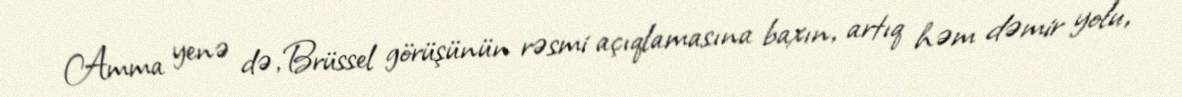
Amma yenə də, Brüssel görüşünün rəsmi açıqlamasına baxın, artıq həm dəmir yolu,